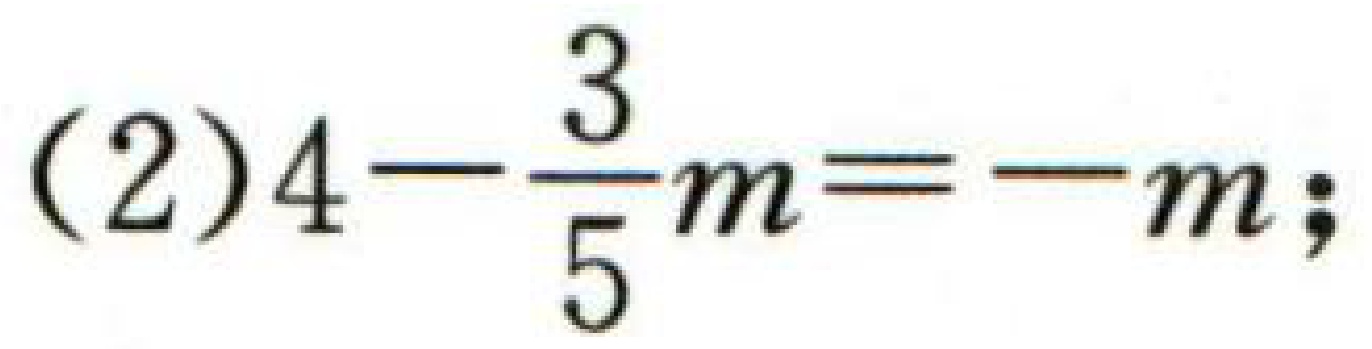
(2)$4-\frac{3}{5}m=-m;$